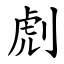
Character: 䖌